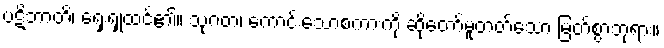
ပဋိဘာတိ၊ ရှေးရှုထင်၏။ သုဂတ၊ ကောင်းသောစကားကို ဆိုတော်မူတတ်သော မြတ်စွာဘုရား။